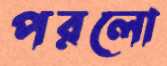
পরলো